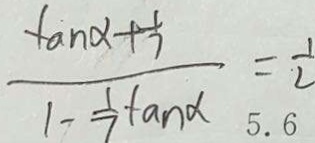
\frac { \tan \alpha + \frac { 1 } { 7 } } { 1 - \frac { 1 } { 7 } \tan \alpha } = \frac { 1 } { 2 }